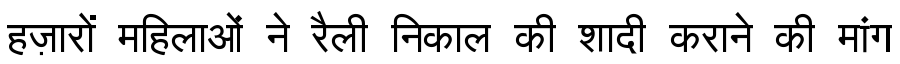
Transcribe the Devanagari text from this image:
हज़ारों महिलाओं ने रैली निकाल की शादी कराने की मांग